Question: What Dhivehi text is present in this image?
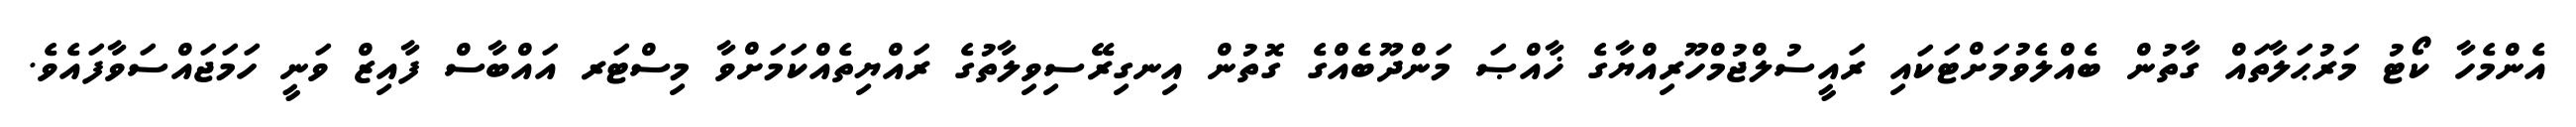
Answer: އެންމެހާ ކޯޓު މަރުޙަލާތައް ގާތުން ބެއްލެވުމަށްޓަކައި ރައީސުލްޖުމްހޫރިއްޔާގެ ޚާއްޞަ މަންދޫބެއްގެ ގޮތުން އިނގިރޭސިވިލާތުގެ ރައްޔިތެއްކަމަށްވާ މިސްޓަރ އައްބާސް ފާއިޒް ވަނީ ހަމަޖައްސަވާފައެވެ.